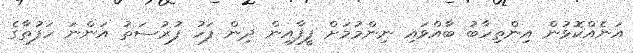
އަނެއްކޮޅުން އިންތިހާބު ބާއްވައި ނިންމުމަށް ފީފާއިން ދިން ފަހު ފުރުސަތު އަންނަ ހަފުތާގެ